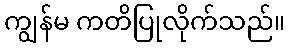
ကျွန်မ ကတိပြုလိုက်သည်။